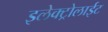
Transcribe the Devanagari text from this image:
इलेक्ट्रोलाईट